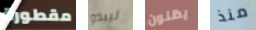
مقطورة ليبدو يظنون منذ